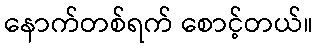
နောက်တစ်ရက် စောင့်တယ်။